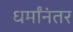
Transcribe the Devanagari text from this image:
धर्मांनंतर